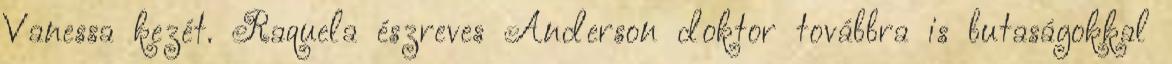
Vanessa kezét. Raquela észreves Anderson doktor továbbra is butaságokkal